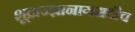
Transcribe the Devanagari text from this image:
शूद्राज्ज्ञानागमश्चैव